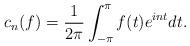
LaTeX: \begin{align*}c_n(f) = \frac{1}{2\pi} \int_{-\pi}^\pi f(t) e^{i n t} dt.\end{align*}